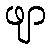
ဖျာ